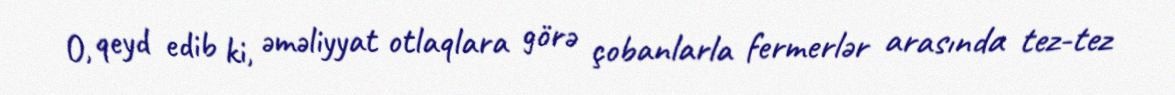
O, qeyd edib ki, əməliyyat otlaqlara görə çobanlarla fermerlər arasında tez-tez